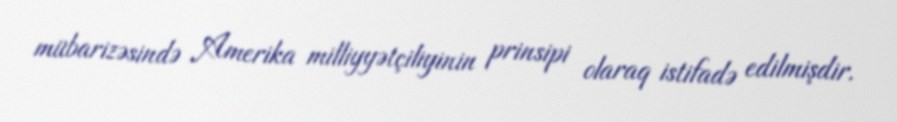
mübarizəsində Amerika milliyyətçiliyinin prinsipi olaraq istifadə edilmişdir.